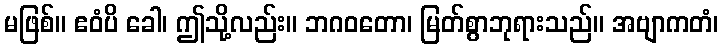
မဖြစ်။ ဧဝံပိ ခေါ၊ ဤသို့လည်း။ ဘဂဝတော၊ မြတ်စွာဘုရားသည်။ အဗျာကတံ၊